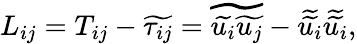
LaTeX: L_{ij}=T_{ij}-\widetilde{\tau_{ij}}=\widetilde{\widetilde{u_{i}}\widetilde{u_{j}}}-\widetilde{\widetilde{u_{i}}}\widetilde{\widetilde{u_{i}}},